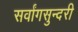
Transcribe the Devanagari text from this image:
सर्वांगसुन्दरी